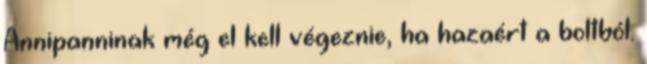
Annipanninak még el kell végeznie, ha hazaért a boltból.